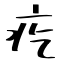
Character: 疙